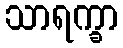
သာရက္ခာ